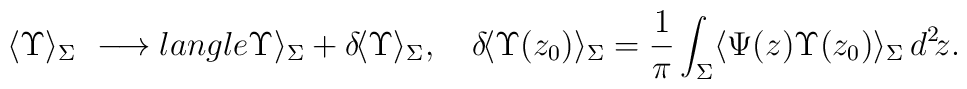
\langle\Upsilon\rangle_{\Sigma}\ \longrightarrow \\langle\Upsilon\rangle_{\Sigma}+ \delta\!\langle\Upsilon\rangle_{\Sigma},\hspace{1em}\delta\!\langle\Upsilon(z_0)\rangle_{\Sigma}=\frac{1}{\pi}\int_{\Sigma}\langle\Psi(z)\Upsilon(z_0)\rangle_{\Sigma}\,d^2\!z .